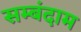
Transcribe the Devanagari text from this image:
सम्बंदाम